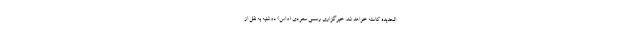
الحدیده کاسته خواهد شد. خبرگزاری رسمی سعودی (واس) دوشنبه به نقل از